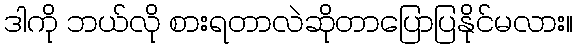
ဒါကို ဘယ်လို စားရတာလဲဆိုတာပြောပြနိုင်မလား။